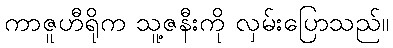
ကာဇူဟီရိုက သူ့ဇနီးကို လှမ်းပြောသည်။